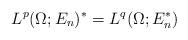
LaTeX: \begin{align*}L^p(\Omega;E_n)^* = L^q(\Omega; E_n ^*)\end{align*}